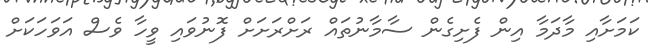
ކަމަށާއި މާދަމާ އިން ފެށިގެން ސާމާނުތައް ރަށްރަށަށް ފޮނުވައި ވީހާ ވެސް އަވަހަކަށް